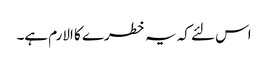
اس لئے کہ یہ خطرے کا الارم ہے۔